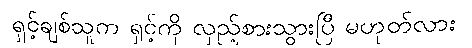
ရှင့်ချစ်သူက ရှင့်ကို လှည့်စားသွားပြီ မဟုတ်လား